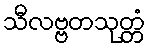
သီလဗ္ဗတသုတ္တံ